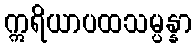
ဣရိယာပထသမ္ပန္နာ